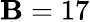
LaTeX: \mathbf{B}=17